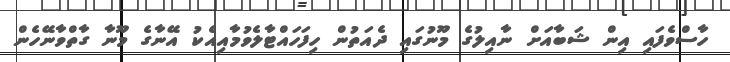
ހާސްވެފައި އިން ޝަބާއަށް ނާއިލުގެ މޫނުގައި ދެއަތުން ހިފަހައްޓާލެވުމާއިއެކު އޭނާގެ މޫނާ ގާތްވާނޭހެން